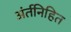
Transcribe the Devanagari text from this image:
अंर्तनिहित